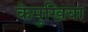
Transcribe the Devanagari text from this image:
केमुखिया